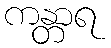
ကန္တာရ